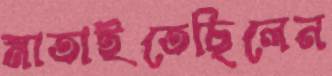
মাতাইতেছিলেন